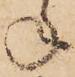
ね